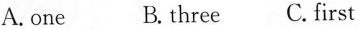
A.one B. three C.first